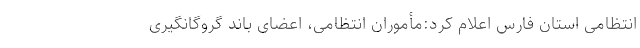
انتظامی استان فارس اعلام کرد:مأموران انتظامی، اعضای باند گروگانگیری